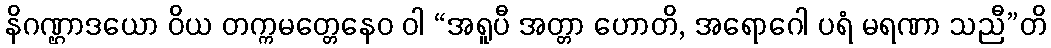
နိဂဏ္ဌာဒယော ဝိယ တက္ကမတ္တေနေဝ ဝါ “အရူပီ အတ္တာ ဟောတိ, အရောဂေါ ပရံ မရဏာ သညီ”တိ